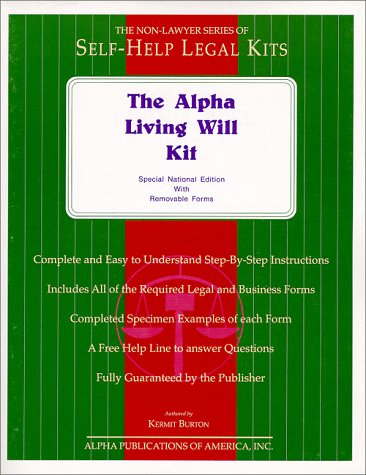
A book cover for The Alpha Living Will Kit-National Edition: Special Book Edition With Removable Forms; Kermit Burton; Law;